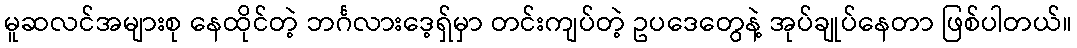
မူဆလင်အများစု နေထိုင်တဲ့ ဘင်္ဂလားဒေ့ရှ်မှာ တင်းကျပ်တဲ့ ဥပဒေတွေနဲ့ အုပ်ချုပ်နေတာ ဖြစ်ပါတယ်။